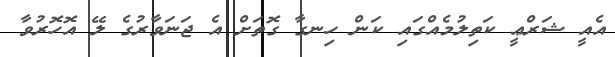
އެއީ ޝަރްޢީ ކަތިލުމެއްގައި ކަން ހިނގާ ގޮތަށް އެ ޖަނަވާރުގެ ލޭ އޮހޮރުވާ